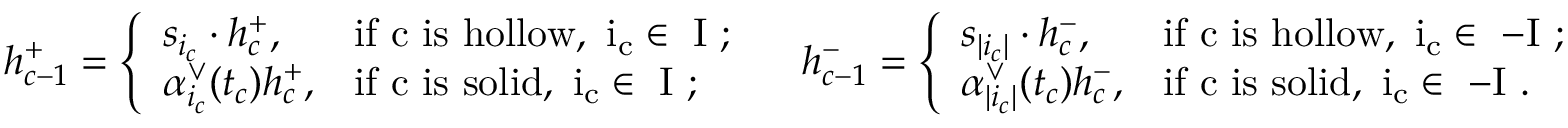
h _ { c - 1 } ^ { + } = \left\{ \begin{array} { l l } { s _ { i _ { c } } \cdot h _ { c } ^ { + } , } & { \mathrm { i f ~ c ~ i s ~ h o l l o w , ~ i _ c \in ~ I ~ ; } } \\ { \alpha _ { i _ { c } } ^ { \vee } ( t _ { c } ) h _ { c } ^ { + } , } & { \mathrm { i f ~ c ~ i s ~ s o l i d , ~ i _ c \in ~ I ~ ; } } \end{array} \right. \quad h _ { c - 1 } ^ { - } = \left\{ \begin{array} { l l } { s _ { | i _ { c } | } \cdot h _ { c } ^ { - } , } & { \mathrm { i f ~ c ~ i s ~ h o l l o w , ~ i _ c \in ~ - I ~ ; } } \\ { \alpha _ { | i _ { c } | } ^ { \vee } ( t _ { c } ) h _ { c } ^ { - } , } & { \mathrm { i f ~ c ~ i s ~ s o l i d , ~ i _ c \in ~ - I ~ . } } \end{array} \right.